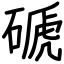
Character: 磃